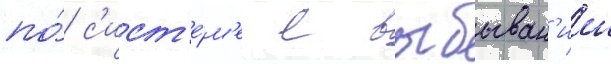
по́ с'ист'е́м'е с выбыван'ием